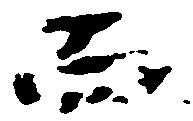
而